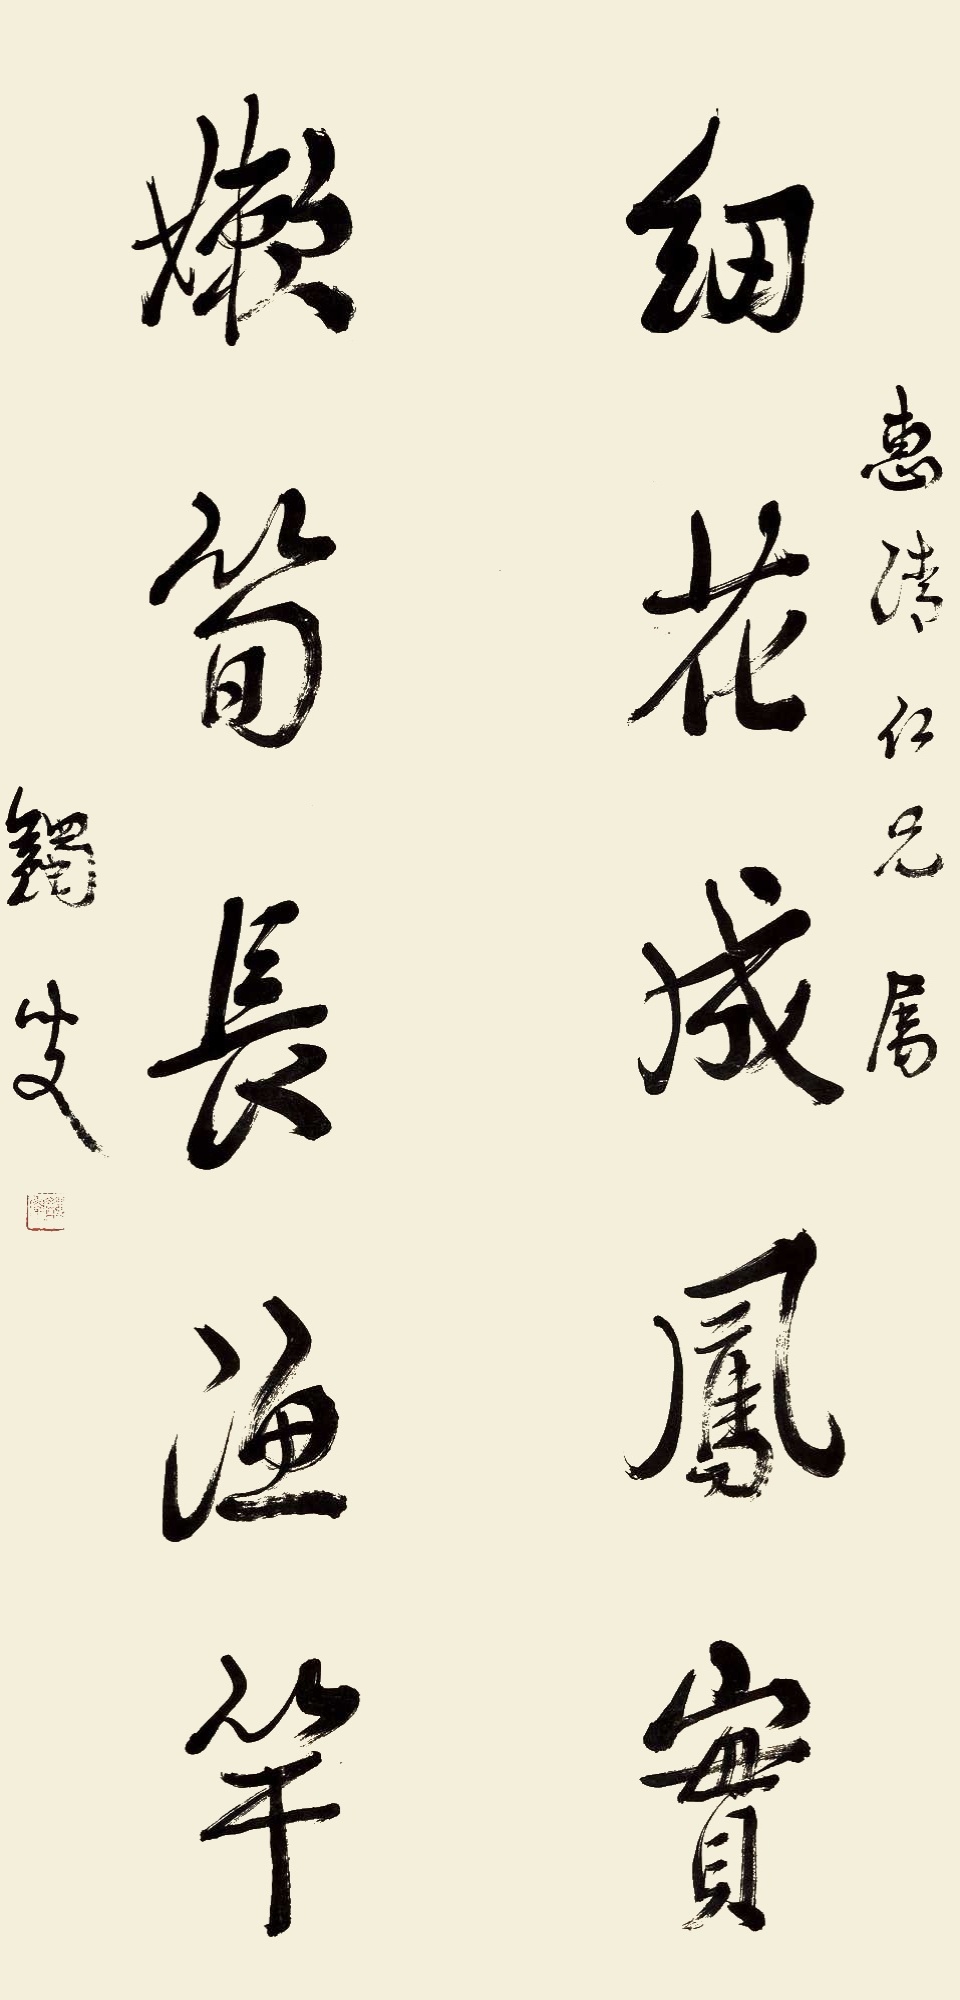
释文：细花成凤实，嫩笋长渔竿。惠清仁兄属，蠲叟。